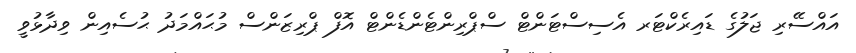
އައްސޭރި ޖަލުގެ ޑައިރެކްޓަރ އެސިސްޓަންޓް ސްޕްރިންޓެންޑެންޓް އޮފް ޕްރިޒަންސް މުޙައްމަދު ޙުސެއިން ވިދާޅުވީ